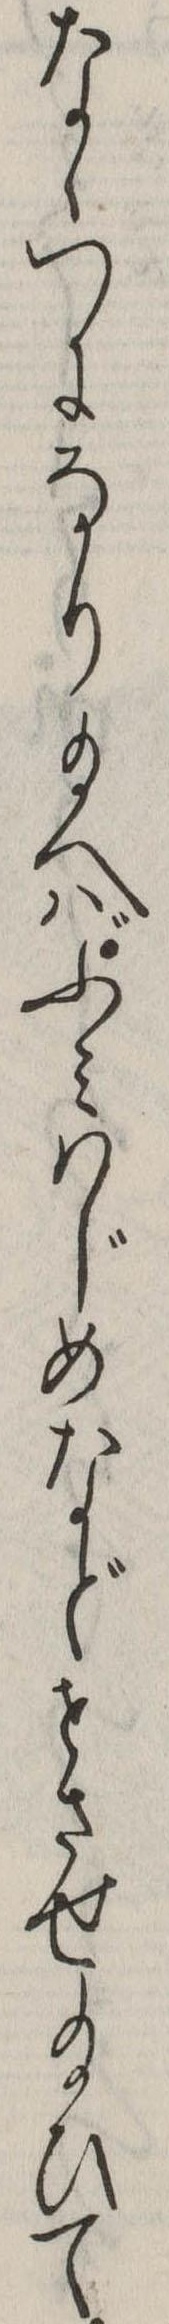
なゝつになり給へばふみはじめなどせさせ給ひて